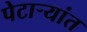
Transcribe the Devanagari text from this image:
पेटाऱ्यांत